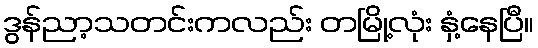
ဒွန်ညာ့သတင်းကလည်း တမြို့လုံး နှံ့နေပြီ။